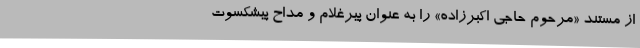
از مستند «مرحوم حاجی اکبرزاده» را به عنوان پیرغلام و مداح پیشکسوت